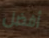
أفضل